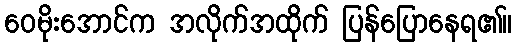
ဝေမိုးအောင်က အလိုက်အထိုက် ပြန်ပြောနေရ၏။